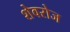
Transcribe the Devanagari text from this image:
शेवरोज